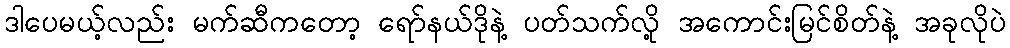
ဒါပေမယ့်လည်း မက်ဆီကတော့ ရော်နယ်ဒိုနဲ့ ပတ်သက်လို့ အကောင်းမြင်စိတ်နဲ့ အခုလိုပဲ